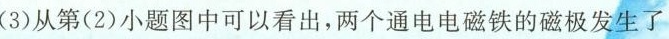
(3)从第(2)小题图中可以看出，两个通电电磁铁的磁极发生了